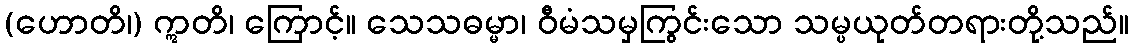
(ဟောတိ၊) ဣတိ၊ ကြောင့်။ သေသဓမ္မာ၊ ဝီမံသမှကြွင်းသော သမ္ပယုတ်တရားတို့သည်။